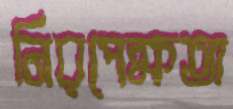
নিরপেক্ষতা